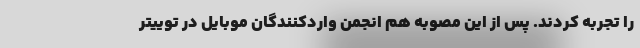
را تجربه کردند. پس از این مصوبه هم انجمن واردکنندگان موبایل در توییتر